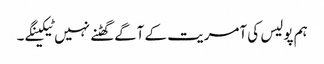
ہم پولیس کی آمریت کے آگے گھٹنے نہیں ٹیکینگے ۔